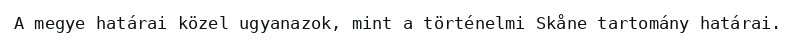
A megye határai közel ugyanazok, mint a történelmi Skåne tartomány határai.